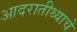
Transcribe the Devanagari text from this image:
आदरातीथ्याचे